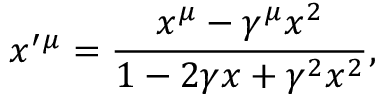
x ^ { \prime } { } ^ { \mu } = \frac { x ^ { \mu } - \gamma ^ { \mu } x ^ { 2 } } { 1 - 2 \gamma x + \gamma ^ { 2 } x ^ { 2 } } ,